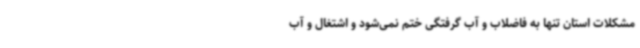
مشکلات استان تنها به فاضلاب و آب گرفتگی ختم نمی‌شود و اشتغال و آب